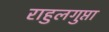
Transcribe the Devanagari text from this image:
राहुलगुप्ता